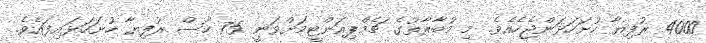
4000 ރުފިޔާ ހުށަހަޅަންޖެހެއެވެ. މި މުބާރާތުގެ ޗެމްޕިއަންޓީމަށްވަނީ 75 ހާސް ރުފިޔާ ހުށަހަޅައިފައެވެ.